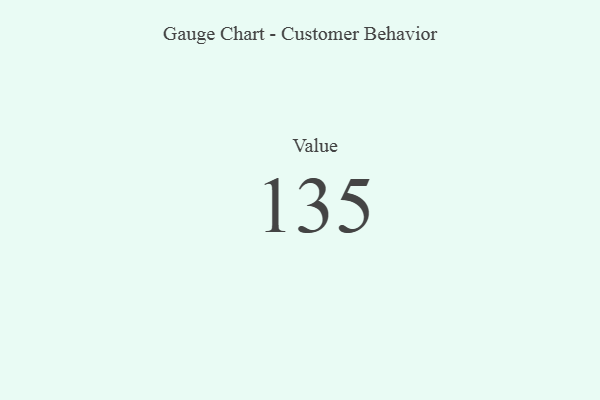
{"axis": {"x": "Metric", "y": "Value"}, "legend": [""], "data": [{"x": "Value", "y": 135, "type": ""}]}